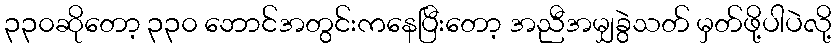
၃၃၀ဆိုတော့ ၃၃၀ ဘောင်အတွင်းကနေပြီးတော့ အညီအမျှခွဲသတ် မှတ်ဖို့ပါပဲလို့